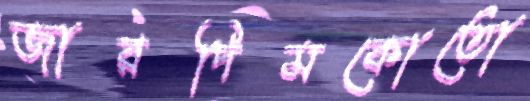
জারদিমকোতো